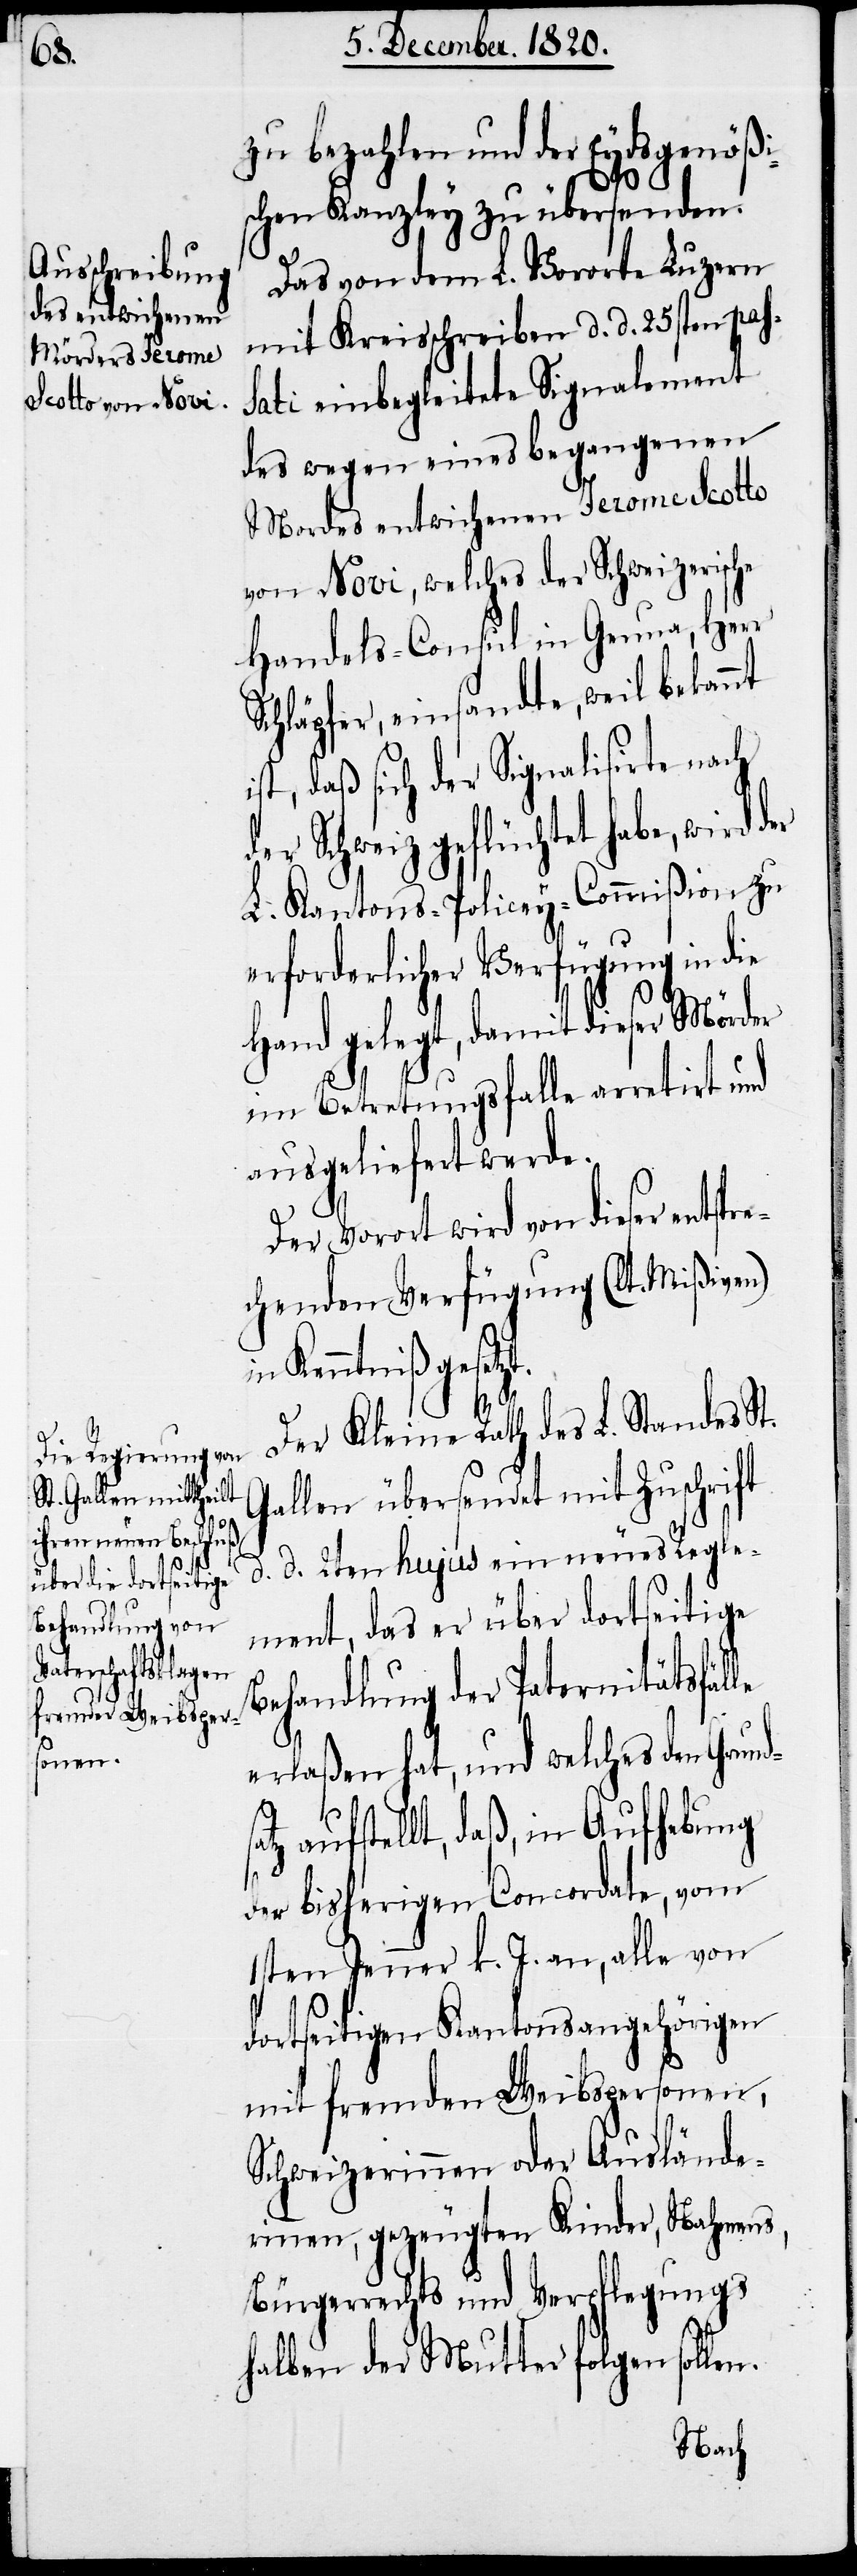
B¬

zu bezahlen und der Eydsgenößi¬
en.
schen Kanzley zu übersenden.
Das von dem L. Vororte Luzern
mit Kreisschreiben d. d. 25sten pas¬
sati einbegleitete Signalement
des wegen eines begangenen
Mordes entwichenen Jerome Scotto
von Novi, welches der Schweizerische
Handels-Consul in Genua, Herr
Schläpfer, einsandte, weil bekannt
st, daß sich der Signalisirte nach
der Schweiz geflüchtet habe, wird
L. Kantons-Policey-Commißion, zu
erforderlicher Verfügung in die
Hand gelegt, damit dieser Mörder
im Betretungsfalle arretirt und
ausgeliefert werde.
Der Vorort wird von dieser ents¬
chenden Verfügung (lt. Mißiven)
Kenntniß geset¬
Der Kleine Rath des L. Standes St.
Gallen übersendet mit Zuschrift
d. d. 2ten hujus ein neues Regle¬
ment, das er über dortseitige
ehandlung der Paternitätsfäl¬
erlaßen hat, und welches den Grund¬
z aufstellt, daß, in Aufhebung
der bisherigen Concordate, vom
1sten Jenner k. J. an, alle von
dortseitigen Kantonsangehörigen
mit fremden Weibspersonen,
Schweizerinnen oder Auslände¬
rinnen, gezeugten Kinder, Nahmens,
Bürgerrechts und Verpflegungs
halben der Mutter folgen soll¬